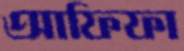
আফিফা